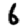
Digit: 6